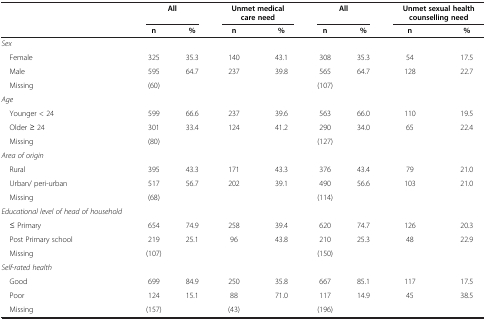
<table><thead><tr><td><b> </b></td><td colspan="2"><b>All</b></td><td colspan="2"><b>Unmet medical care need</b></td><td colspan="2"><b>All</b></td><td colspan="2"><b>Unmet sexual health counselling need</b></td></tr><tr><td><b> </b></td><td><b>n</b></td><td><b>%</b></td><td><b>n</b></td><td><b>%</b></td><td><b>n</b></td><td><b>%</b></td><td><b>n</b></td><td><b>%</b></td></tr></thead><tbody><tr><td><i>Sex</i></td><td> </td><td> </td><td> </td><td> </td><td> </td><td> </td><td> </td><td> </td></tr><tr><td> Female</td><td>325</td><td>35.3</td><td>140</td><td>43.1</td><td>308</td><td>35.3</td><td>54</td><td>17.5</td></tr><tr><td> Male</td><td>595</td><td>64.7</td><td>237</td><td>39.8</td><td>565</td><td>64.7</td><td>128</td><td>22.7</td></tr><tr><td> Missing</td><td>(60)</td><td> </td><td> </td><td> </td><td>(107)</td><td> </td><td> </td><td> </td></tr><tr><td><i>Age</i></td><td> </td><td> </td><td> </td><td> </td><td> </td><td> </td><td> </td><td> </td></tr><tr><td> Younger &lt; 24</td><td>599</td><td>66.6</td><td>237</td><td>39.6</td><td>563</td><td>66.0</td><td>110</td><td>19.5</td></tr><tr><td> Older ≥ 24</td><td>301</td><td>33.4</td><td>124</td><td>41.2</td><td>290</td><td>34.0</td><td>65</td><td>22.4</td></tr><tr><td> Missing</td><td>(80)</td><td> </td><td> </td><td> </td><td>(127)</td><td> </td><td> </td><td> </td></tr><tr><td><i>Area of origin</i></td><td> </td><td> </td><td> </td><td> </td><td> </td><td> </td><td> </td><td> </td></tr><tr><td> Rural</td><td>395</td><td>43.3</td><td>171</td><td>43.3</td><td>376</td><td>43.4</td><td>79</td><td>21.0</td></tr><tr><td> Urban/ peri-urban</td><td>517</td><td>56.7</td><td>202</td><td>39.1</td><td>490</td><td>56.6</td><td>103</td><td>21.0</td></tr><tr><td> Missing</td><td>(68)</td><td> </td><td> </td><td> </td><td>(114)</td><td> </td><td> </td><td> </td></tr><tr><td><i>Educational level of head of household</i></td><td> </td><td> </td><td> </td><td> </td><td> </td><td> </td><td> </td><td> </td></tr><tr><td> ≤ Primary</td><td>654</td><td>74.9</td><td>258</td><td>39.4</td><td>620</td><td>74.7</td><td>126</td><td>20.3</td></tr><tr><td> Post Primary school</td><td>219</td><td>25.1</td><td>96</td><td>43.8</td><td>210</td><td>25.3</td><td>48</td><td>22.9</td></tr><tr><td> Missing</td><td>(107)</td><td> </td><td> </td><td> </td><td>(150)</td><td> </td><td> </td><td> </td></tr><tr><td><i>Self-rated health</i></td><td> </td><td> </td><td> </td><td> </td><td> </td><td> </td><td> </td><td> </td></tr><tr><td> Good</td><td>699</td><td>84.9</td><td>250</td><td>35.8</td><td>667</td><td>85.1</td><td>117</td><td>17.5</td></tr><tr><td> Poor</td><td>124</td><td>15.1</td><td>88</td><td>71.0</td><td>117</td><td>14.9</td><td>45</td><td>38.5</td></tr><tr><td> Missing</td><td>(157)</td><td> </td><td>(43)</td><td> </td><td>(196)</td><td> </td><td> </td><td> </td></tr></tbody></table>